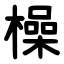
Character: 橾